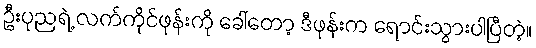
ဦးပုညရဲ့ လက်ကိုင်ဖုန်းကို ခေါ်တော့ ဒီဖုန်းက ရောင်းသွားပါပြီတဲ့။